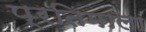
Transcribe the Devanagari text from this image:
प्रतिमाला